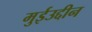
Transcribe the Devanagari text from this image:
मुईउद्दीन